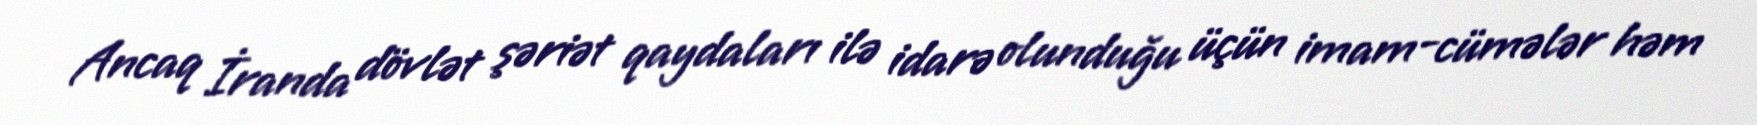
Ancaq İranda dövlət şəriət qaydaları ilə idarə olunduğu üçün imam-cümələr həm